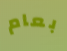
بعام